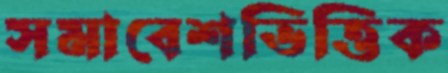
সমাবেশভিত্তিক